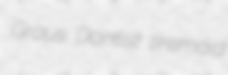
Grous Dantist tiremaid